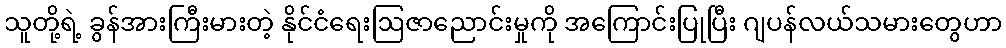
သူတို့ရဲ့ ခွန်အားကြီးမားတဲ့ နိုင်ငံရေးဩဇာညောင်းမှုကို အကြောင်းပြုပြီး ဂျပန်လယ်သမားတွေဟာ